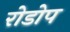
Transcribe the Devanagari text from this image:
रोडोप